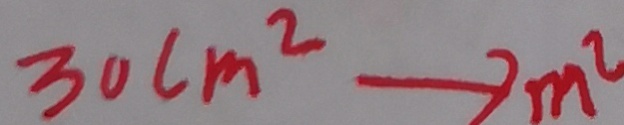
3 0 c m ^ { 2 } \rightarrow m ^ { 2 }